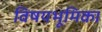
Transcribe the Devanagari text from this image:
विषयभूमिका